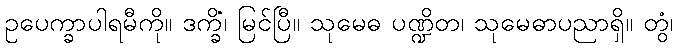
ဥပေက္ခာပါရမီကို။ ဒက္ခိံ၊ မြင်ပြီ။ သုမေဓ ပဏ္ဍိတ၊ သုမေဓာပညာရှိ။ တွံ၊